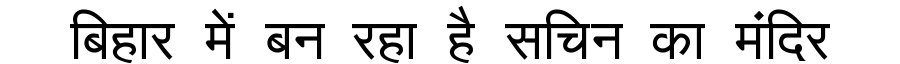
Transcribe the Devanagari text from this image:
बिहार में बन रहा है सचिन का मंदिर